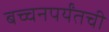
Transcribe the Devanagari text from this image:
बच्चनपर्यंतची